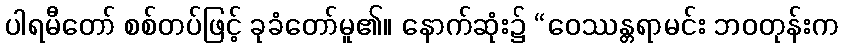
ပါရမီတော် စစ်တပ်ဖြင့် ခုခံတော်မူ၏။ နောက်ဆုံး၌ “ဝေဿန္တရာမင်း ဘဝတုန်းက